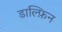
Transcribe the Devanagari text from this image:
डाल्फ़िन